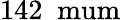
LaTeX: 142\; \mathrm{\ mum}